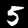
Label: 5